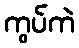
ကွပ်ကဲ